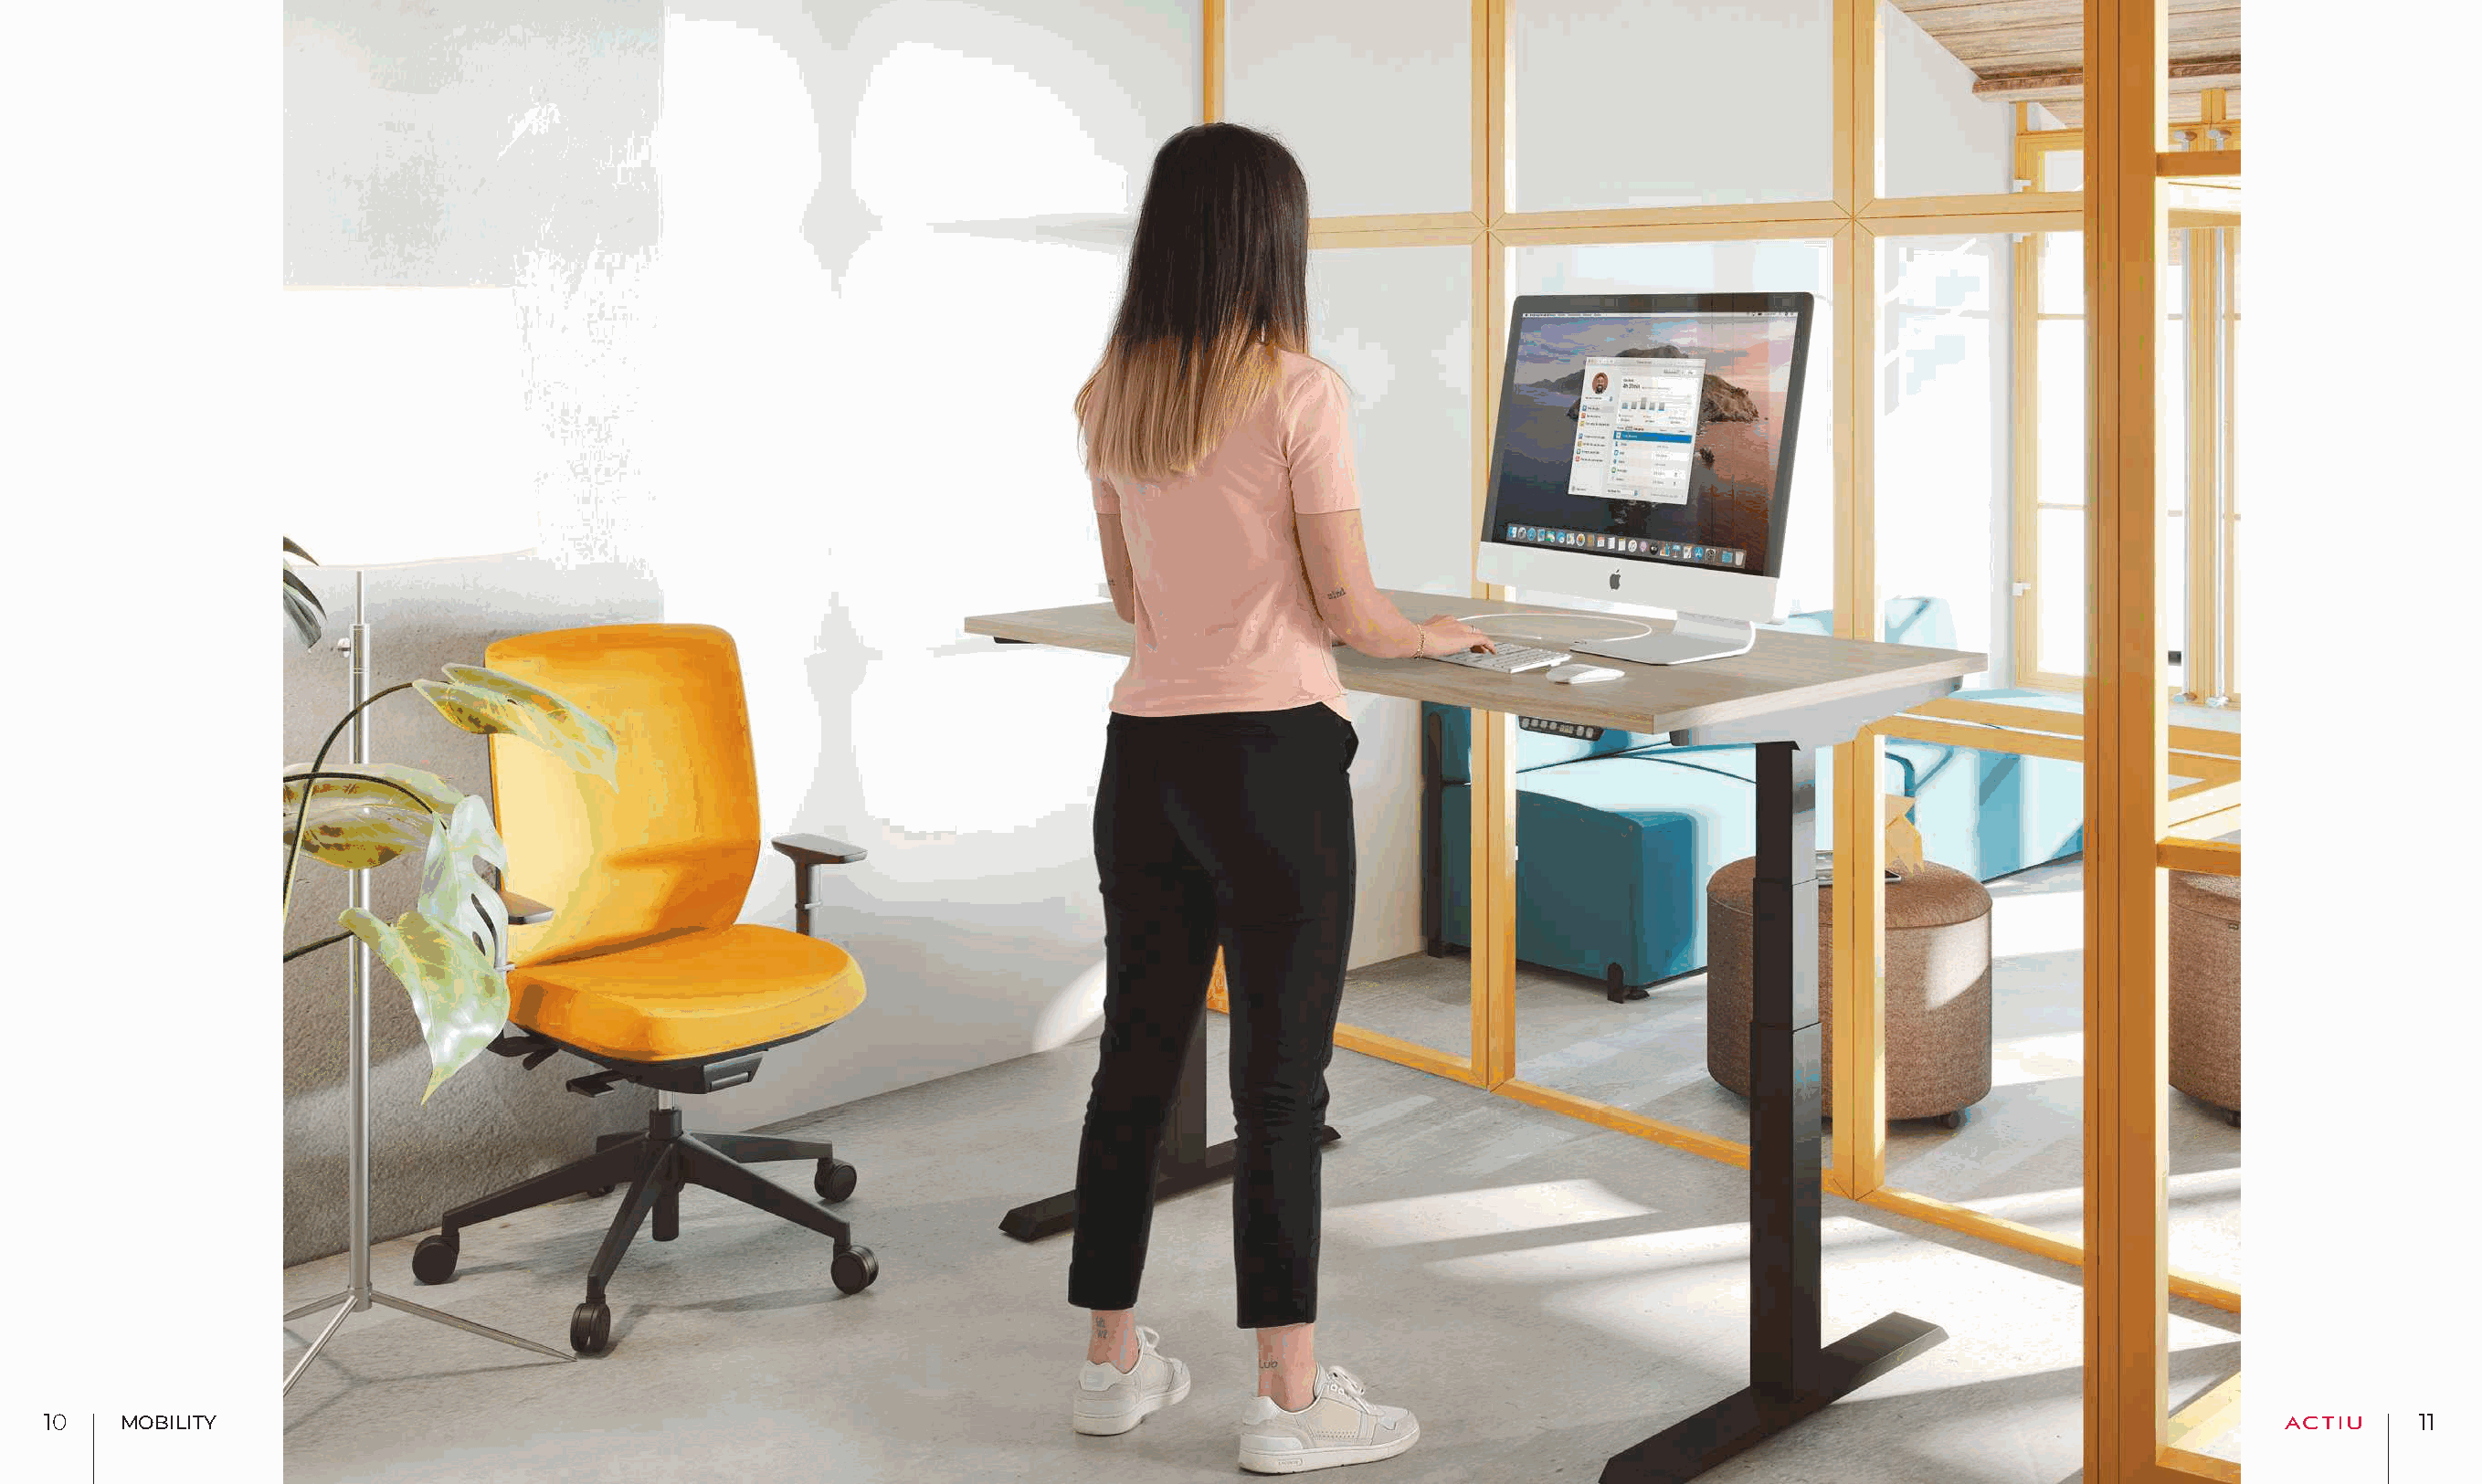
1100  MOBILITY                                                                                                                                                              1111